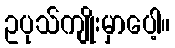
ဥပုသ်ကျိုးမှာပေါ့။